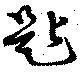
匙